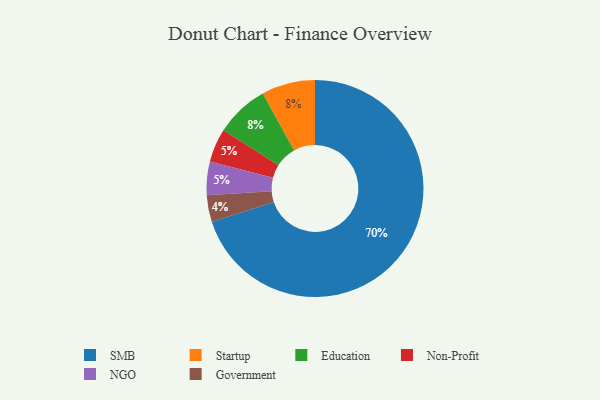
{"axis": {"x": "Category", "y": "Percentage"}, "legend": ["Education", "Government", "NGO", "Non-Profit", "SMB", "Startup"], "data": [{"x": "Non-Profit", "y": 5, "type": "Non-Profit"}, {"x": "SMB", "y": 70, "type": "SMB"}, {"x": "Startup", "y": 8, "type": "Startup"}, {"x": "NGO", "y": 5, "type": "NGO"}, {"x": "Education", "y": 8, "type": "Education"}, {"x": "Government", "y": 4, "type": "Government"}]}